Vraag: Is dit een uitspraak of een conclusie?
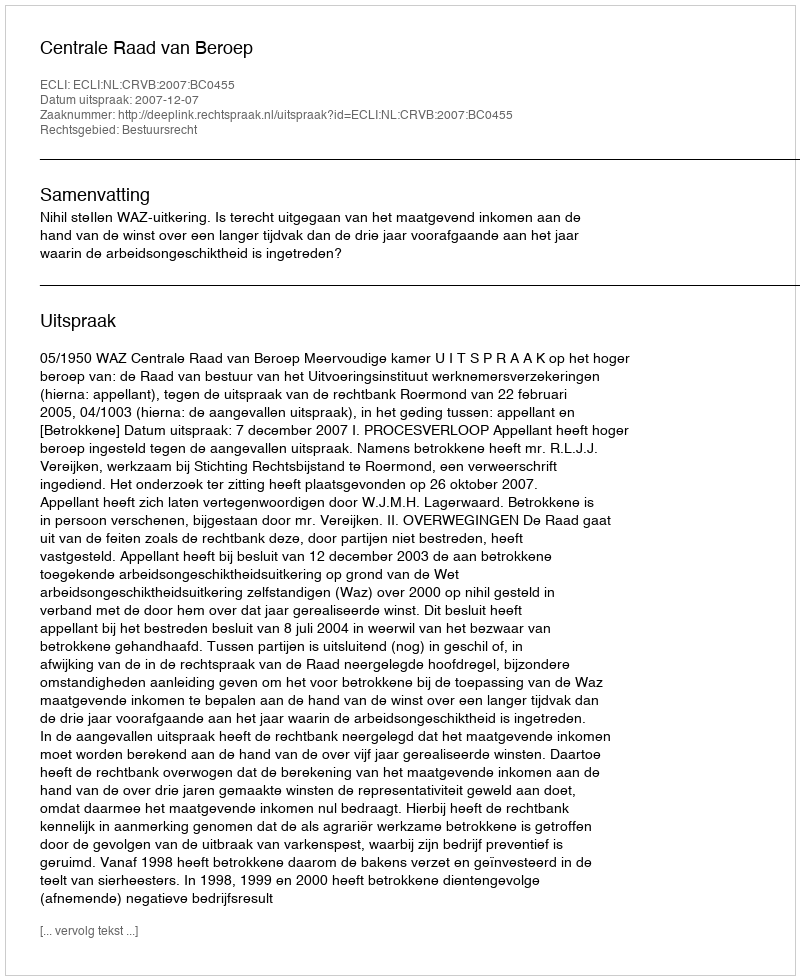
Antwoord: Uitspraak